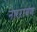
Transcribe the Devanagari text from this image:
नाररायण